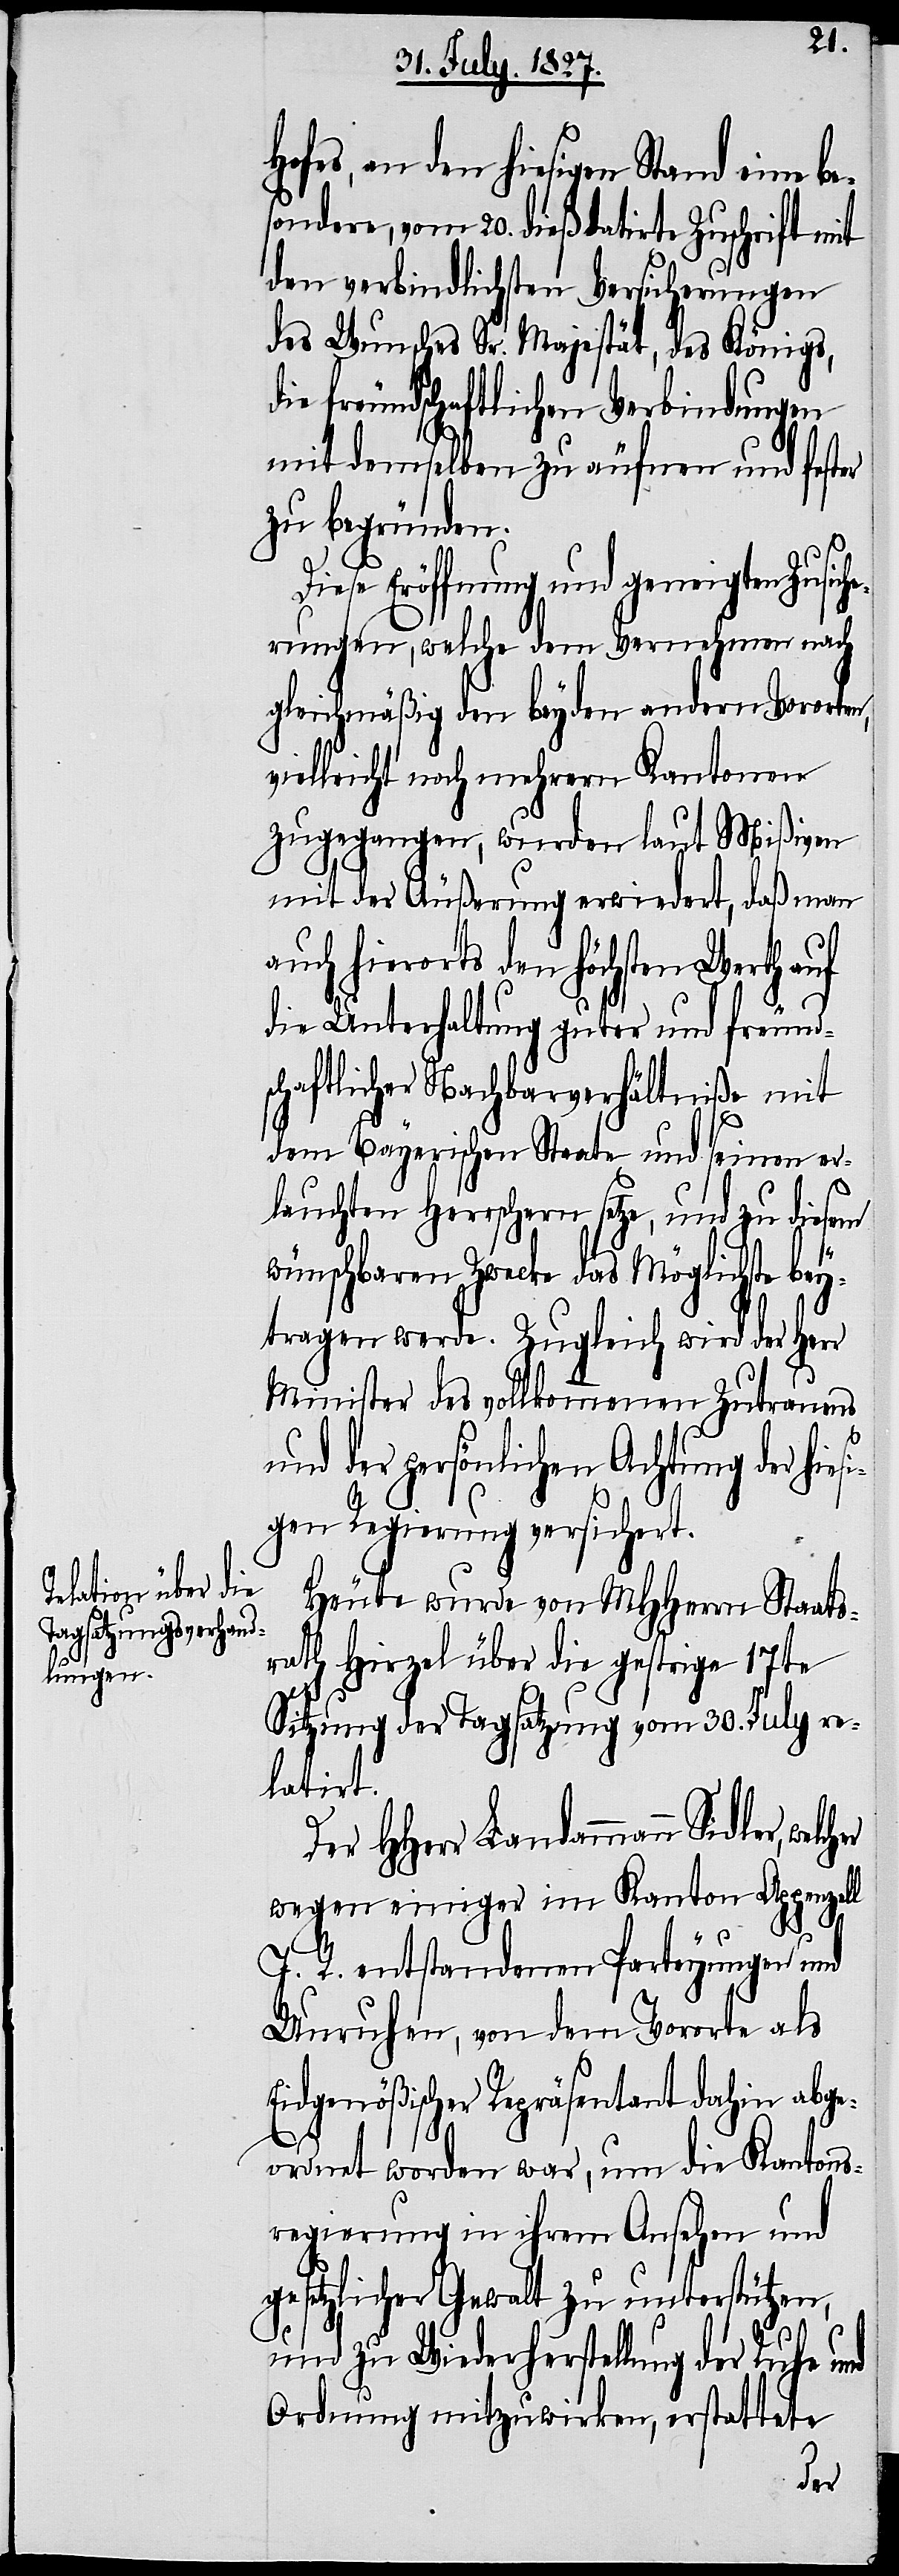
Hofes, an den hiesigen Stand eine
sondere, vom 20. dieß datirte Zuschrift mit
den verbindlichsten Versicherungen
des Wunsches Sr. Majestät, des Königs,
die freundschaftlichen Verbindungen
mit demselben zu äufnen und fester
zu begründen.
si¬
Diese Eröffnung und geneigten Zusich¬
erungen, welche dem Vernehmen nach
gleichmäßig den beyden andern Vororten,
vielleicht noch mehrern Kantonen
zugegangen, wurde laut Mißiven
mit der Äußerung erwiedert, daß man
auch hierorts den höchsten Werth auf
die Unterhaltung guter und freund¬
schaftlicher Nachbarverhältniße mit
dem Bayerischen Staate und seinen er¬
lauchten Herrschern setze, und zu die¬
wünschbaren Zwecke das Möglichste bey¬
tragen werde. Zugleich wird der Herr
Minister des vollkommenen Zutrauens
und der persönlichen Achtung der hie¬
gen Regierung versichert.
Heute wurde von HHerrn Staats¬
rath Hirzel über die gestrige 17te
Sitzung der Tagsatzung vom 30. July re¬
latirt.
Der HHerr Landammann Sidler, wel¬
wegen einiger im Kanton Appenzell
I. R. entstandenen Parteyungen und
Unruhen, von dem Vororte als
Eidgenößischer Repräsentant dahin abge¬
ordnet worden war, um die Kantons¬
regierung in ihrem Ansehen und
gesetzlicher Gewalt zu unterstützen,
und zu Wiederherstellung der Ruhe und
Ordnung mitzuwirken, erstattete
cher